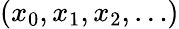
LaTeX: (x_{0},x_{1},x_{2},\dots)